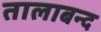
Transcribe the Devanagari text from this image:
तालाबन्द